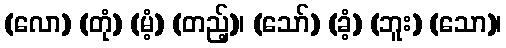
(လော) (တုံ) (မံ့) (တည့်)၊ (သော်) (ခံ့) (ဘူး) (သော)၊